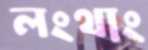
লংথাং